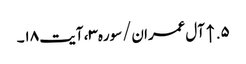
۵. ↑ آل‌عمران/سوره۳، آیت ۱۸۔